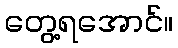
တွေ့ရအောင်။